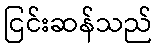
ငြင်းဆန်သည်